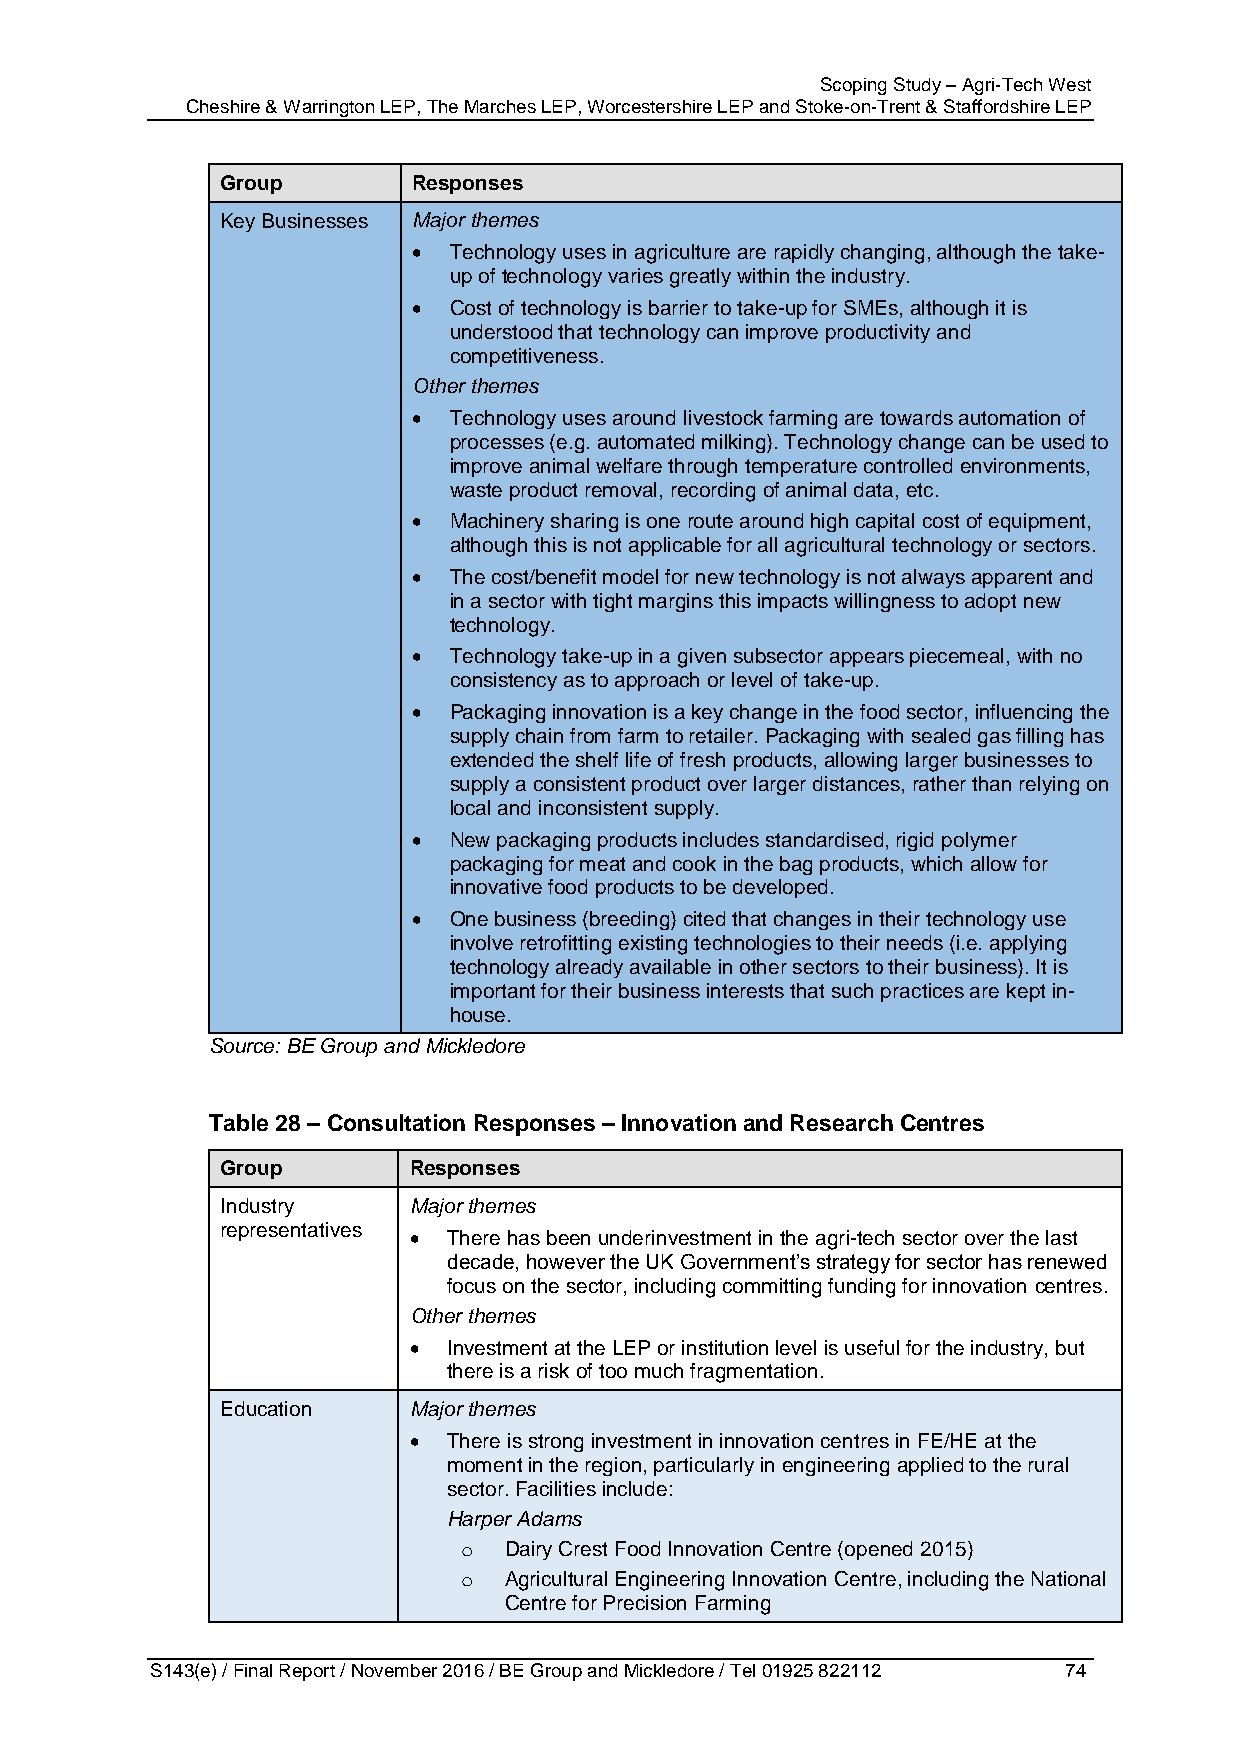
Scoping Study – Agri-Tech West
 Cheshire & Warrington LEP, The Marches LEP, Worcestershire LEP and Stoke-on-Trent & Staffordshire LEP
 Group       Responses
 Key Businesses Major themes
   Technology uses in agriculture are rapidly changing, although the take-
 up of technology varies greatly within the industry.
   Cost of technology is barrier to take-up for SMEs, although it is
 understood that technology can improve productivity and
 competitiveness.
 Other themes
   Technology uses around livestock farming are towards automation of
 processes (e.g. automated milking). Technology change can be used to
 improve animal welfare through temperature controlled environments,
 waste product removal, recording of animal data, etc.
   Machinery sharing is one route around high capital cost of equipment,
 although this is not applicable for all agricultural technology or sectors.
   The cost/benefit model for new technology is not always apparent and
 in a sector with tight margins this impacts willingness to adopt new
 technology.
   Technology take-up in a given subsector appears piecemeal, with no
 consistency as to approach or level of take-up.
   Packaging innovation is a key change in the food sector, influencing the
 supply chain from farm to retailer. Packaging with sealed gas filling has
 extended the shelf life of fresh products, allowing larger businesses to
 supply a consistent product over larger distances, rather than relying on
 local and inconsistent supply.
   New packaging products includes standardised, rigid polymer
 packaging for meat and cook in the bag products, which allow for
 innovative food products to be developed.
   One business (breeding) cited that changes in their technology use
 involve retrofitting existing technologies to their needs (i.e. applying
 technology already available in other sectors to their business). It is
 important for their business interests that such practices are kept in-
 house.
 Source: BE Group and Mickledore
 Table 28 – Consultation Responses – Innovation and Research Centres
 Group       Responses
 Industry    Major themes
 representatives
   There has been underinvestment in the agri-tech sector over the last
 decade, however the UK Government’s strategy for sector has renewed
 focus on the sector, including committing funding for innovation centres.
 Other themes
   Investment at the LEP or institution level is useful for the industry, but
 there is a risk of too much fragmentation.
 Education   Major themes
   There is strong investment in innovation centres in FE/HE at the
 moment in the region, particularly in engineering applied to the rural
 sector. Facilities include:
 Harper Adams
 o  Dairy Crest Food Innovation Centre (opened 2015)
 o  Agricultural Engineering Innovation Centre, including the National
 Centre for Precision Farming
 S143(e) / Final Report / November 2016 / BE Group and Mickledore / Tel 01925 822112 74